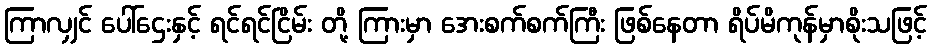
ကြာလျှင် ပေါ်ဌေးနှင့် ရင်ရင်ငြိမ်း တို့ ကြားမှာ အေးစက်စက်ကြီး ဖြစ်နေတာ ရိပ်မိကုန်မှာစိုးသဖြင့်